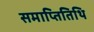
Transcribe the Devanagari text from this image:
समाप्तितिथि